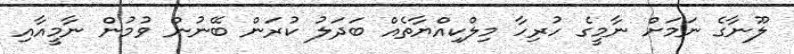
ލޫނާގެ ނަމަށް ނާމީގެ ހުރިހާ މިލްކިއްޔާތެއް ބަދަލު ކުރަން ބޭނުން ވުމުން ނާމީއާއި